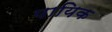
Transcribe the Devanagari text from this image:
पायिक